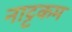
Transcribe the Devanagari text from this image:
नाट्टकम